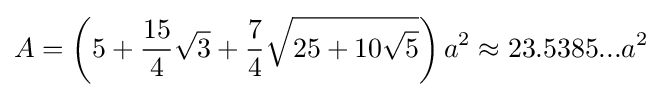
A=\left(5+{\frac {15}{4}}{\sqrt {3}}+{\frac {7}{4}}{\sqrt {25+10{\sqrt {5}}}}\right)a^{2}\approx 23.5385...a^{2}